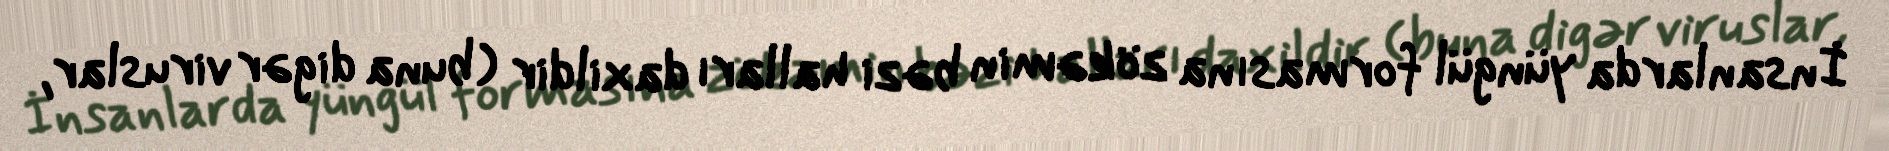
İnsanlarda yüngül formasına zökəmin bəzi halları daxildir (buna digər viruslar,